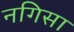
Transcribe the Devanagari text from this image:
नगिसा